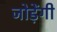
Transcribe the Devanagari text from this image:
जोड़ेंगी